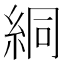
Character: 絧